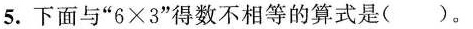
5.下面与”6×3”得数不相等的算式是（）。